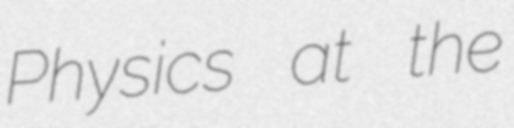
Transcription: Physics at the